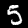
Digit: 5